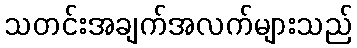
သတင်းအချက်အလက်များသည်